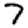
Digit: 7